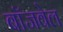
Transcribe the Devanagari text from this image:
बॉजवेल